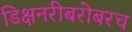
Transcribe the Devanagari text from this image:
डिक्षनरीबरोबरच